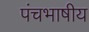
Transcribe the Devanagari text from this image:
पंचभाषीय